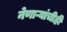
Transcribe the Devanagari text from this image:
नेणाऱ्यांचीही